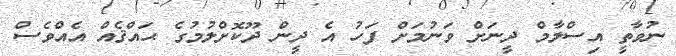
ނުވާތީ އިސްލާމް ދީނަށް ވަނުމަށް ފަހު އެ ދީން ދޫކޮށްލުމުގެ ޙައްޤެއް އެއްވެސް